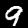
Label: 9